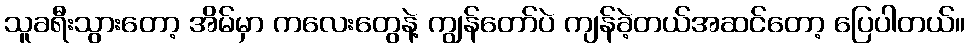
သူခရီးသွားတော့ အိမ်မှာ ကလေးတွေနဲ့ ကျွန်တော်ပဲ ကျန်ခဲ့တယ်အဆင်တော့ ပြေပါတယ်။